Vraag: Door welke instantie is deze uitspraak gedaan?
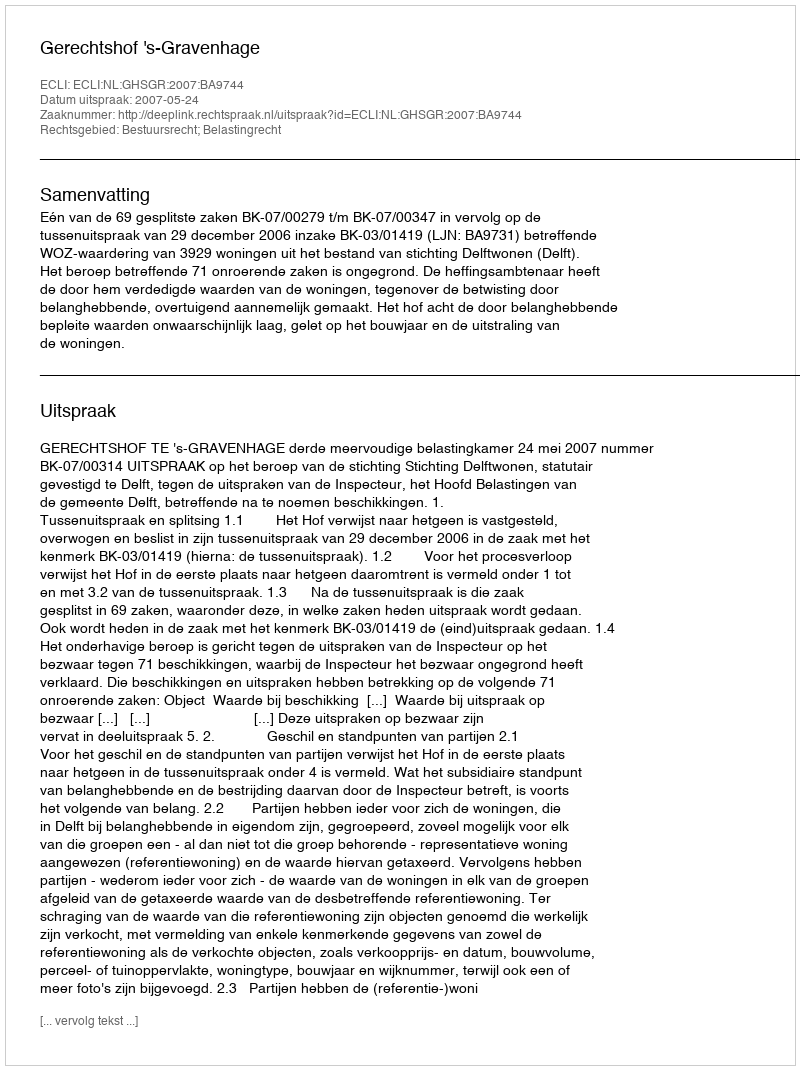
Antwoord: Gerechtshof 's-Gravenhage